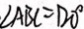
\angle A B C = 1 2 0 ^ { \circ }